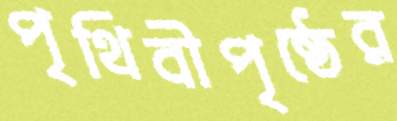
পৃথিবীপৃষ্ঠের